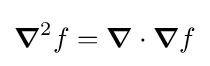
{\boldsymbol {\nabla }}^{2}f={\boldsymbol {\nabla }}\cdot {\boldsymbol {\nabla }}f